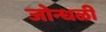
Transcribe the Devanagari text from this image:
जोन्धळी